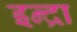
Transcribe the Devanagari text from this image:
इन्द्रा